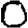
Digit: 0